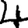
Digit: 4